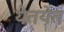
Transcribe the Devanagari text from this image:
येतयेत